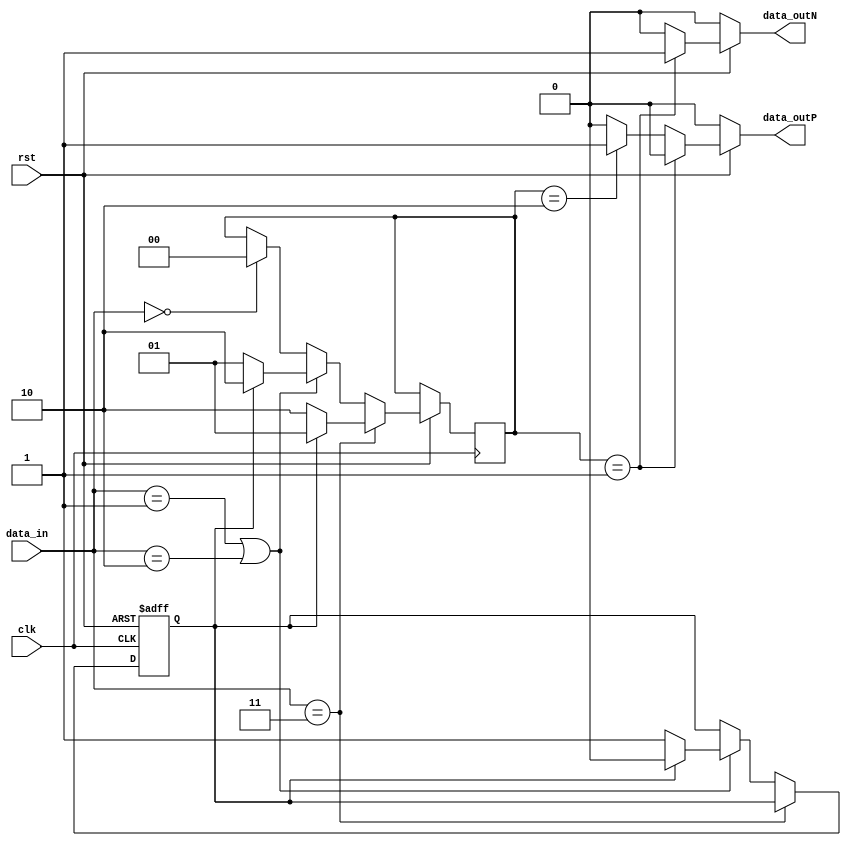
module polar(rst,data_in,data_outP,data_outN,clk);

input [1:0]data_in;
input rst,clk;
output data_outP,data_outN;    //PN
reg [1:0] polar_out;                 //00010+101-1
reg data_outN,data_outP;
reg even;                             //,1+1-V01+V

always@(posedge clk or negedge rst) begin
    if(!rst) even <= 1;
    else if(data_in == 2'b11) begin    //11V
        if(even ==     1)                          //even1
            polar_out <= 2'b01;             //01-1
        else                                     //even0
            polar_out <= 2'b10;             //10+1
    end
    //01110B
    else if(data_in == 2'b01 || data_in == 2'b10) begin
        if(even == 1) begin              //even1
            even <= 0;                     //even
            polar_out <= 2'b10;         //10+1
        end
        else begin                          //even0
            even <= 1;                      //even
            polar_out <= 2'b01;         //01-1
        end
    end
    else if(data_in == 2'b00)        //000
        polar_out <= 2'b00;            //000
end

always@(polar_out or rst) begin    
//data_outPdata_outN
    if(!rst) begin
        data_outP <= 0;
        data_outN <= 0;
    end
    else if(polar_out == 2'b01) begin
        data_outP <= 0;                //PN=01-1
        data_outN <= 1;
    end
    else if(polar_out == 2'b10) begin
        data_outP <= 1;                //PN=10+1
        data_outN <= 0;
    end
    else begin
        data_outP <= 0;                //PN=000
        data_outN <= 0;            
    end
end
endmodule